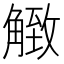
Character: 𧤡